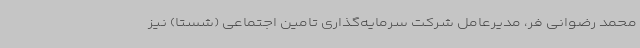
محمد رضوانی فر، مدیرعامل شرکت سرمایه‌گذاری تامین اجتماعی (شستا) نیز